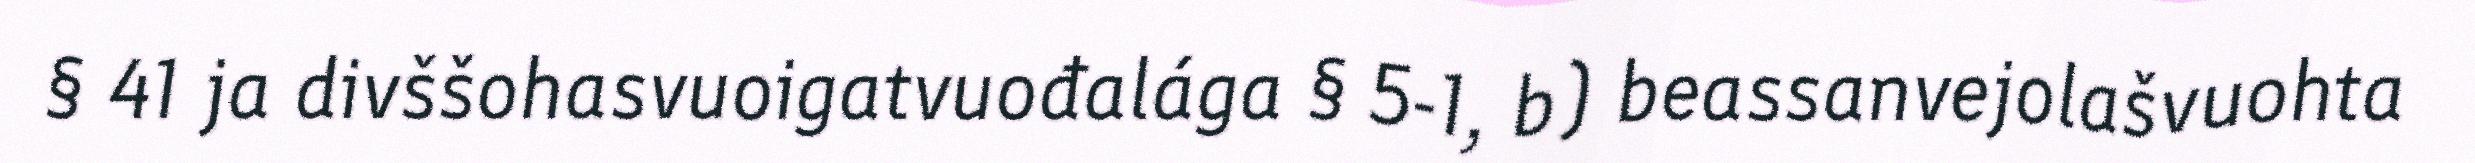
§ 41 ja divššohasvuoigatvuođalága § 5-1, b) beassanvejolašvuohta